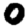
Digit: 0